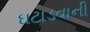
ઘટાડવાની